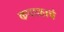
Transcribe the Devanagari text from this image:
कपाळाचे